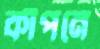
কাঁপনে